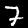
Digit: 7